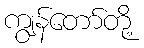
ကျွန်တော်တို့